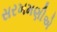
સરખમણીએ